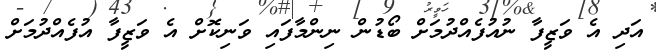
އަދި އެ ވަޒީފާ ނުއުފެއްދުމަށް ބޯޑުން ނިންމާފައި ވަނިކޮށް އެ ވަޒީފާ އުފެއްދުމަށް